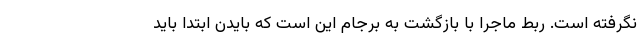
نگرفته است. ربط ماجرا با بازگشت به برجام این است که بایدن ابتدا باید